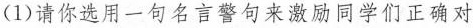
(1)请你选用一句名言警句来激励同学们正确对